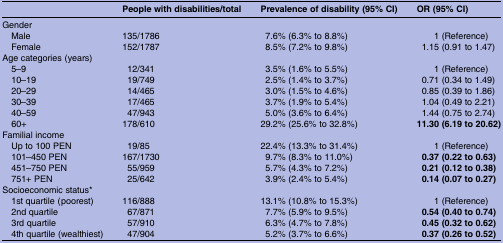
<table><thead><tr><td></td><td><b>People with disabilities/total</b></td><td><b>Prevalence of disability (95% CI)</b></td><td><b>OR (95% CI)</b></td></tr></thead><tbody><tr><td colspan="4">Gender</td></tr><tr><td> Male</td><td>135/1786</td><td>7.6% (6.3% to 8.8%)</td><td>1 (Reference)</td></tr><tr><td> Female</td><td>152/1787</td><td>8.5% (7.2% to 9.8%)</td><td>1.15 (0.91 to 1.47)</td></tr><tr><td colspan="4">Age categories (years)</td></tr><tr><td> 5–9</td><td>12/341</td><td>3.5% (1.6% to 5.5%)</td><td>1 (Reference)</td></tr><tr><td> 10–19</td><td>19/749</td><td>2.5% (1.4% to 3.7%)</td><td>0.71 (0.34 to 1.49)</td></tr><tr><td> 20–29</td><td>14/465</td><td>3.0% (1.5% to 4.6%)</td><td>0.85 (0.39 to 1.86)</td></tr><tr><td> 30–39</td><td>17/465</td><td>3.7% (1.9% to 5.4%)</td><td>1.04 (0.49 to 2.21)</td></tr><tr><td> 40–59</td><td>47/943</td><td>5.0% (3.6% to 6.4%)</td><td>1.44 (0.75 to 2.74)</td></tr><tr><td> 60+</td><td>178/610</td><td>29.2% (25.6% to 32.8%)</td><td><b>11.30 (6.19 to 20.62)</b></td></tr><tr><td colspan="4">Familial income</td></tr><tr><td> Up to 100 PEN</td><td>19/85</td><td>22.4% (13.3% to 31.4%)</td><td>1 (Reference)</td></tr><tr><td> 101–450 PEN</td><td>167/1730</td><td>9.7% (8.3% to 11.0%)</td><td><b>0.37 (0.22 to 0.63)</b></td></tr><tr><td> 451–750 PEN</td><td>55/959</td><td>5.7% (4.3% to 7.2%)</td><td><b>0.21 (0.12 to 0.38)</b></td></tr><tr><td> 751+ PEN</td><td>25/642</td><td>3.9% (2.4% to 5.4%)</td><td><b>0.14 (0.07 to 0.27)</b></td></tr><tr><td colspan="4">Socioeconomic status*</td></tr><tr><td> 1st quartile (poorest)</td><td>116/888</td><td>13.1% (10.8% to 15.3%)</td><td>1 (Reference)</td></tr><tr><td> 2nd quartile</td><td>67/871</td><td>7.7% (5.9% to 9.5%)</td><td><b>0.54 (0.40 to 0.74)</b></td></tr><tr><td> 3rd quartile</td><td>57/910</td><td>6.3% (4.7% to 7.8%)</td><td><b>0.45 (0.32 to 0.62)</b></td></tr><tr><td> 4th quartile (wealthiest)</td><td>47/904</td><td>5.2% (3.7% to 6.6%)</td><td><b>0.37 (0.26 to 0.52)</b></td></tr></tbody></table>